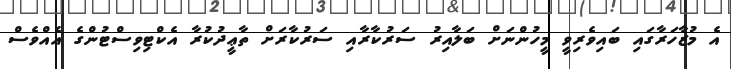
އެ މުޒާހަރާގައި ބައިވެރިވީ މީހުންނަށް ބަލާއިރު ސަރުކާރާއި ސަރުކާރަށް ތާޢީދުކުރާ އެކްޓިވިސްޓުންގެ އެއްވެސް